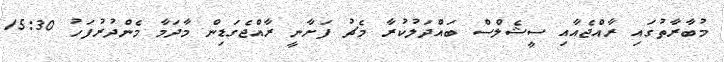
މުބާރާތުގައި ރާއްޖެއާއި ސީޝެލްސް ބައްދަލުކުރާ މެޗު ފަށާނީ ރާއްޖެގަޑިން މާދަމާ މެންދުރުފަހު 15:30